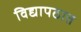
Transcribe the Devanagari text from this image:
विद्यापठात